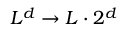
L ^ { d } \to L \cdot 2 ^ { d }